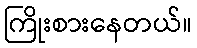
ကြိုးစားနေတယ်။